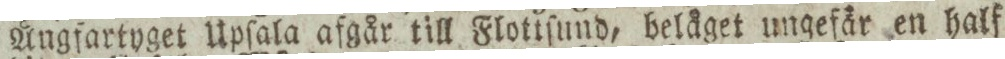
Ångfartyget Upſala afgår till Flottſund, belåget ungefär en half